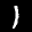
Label: 1